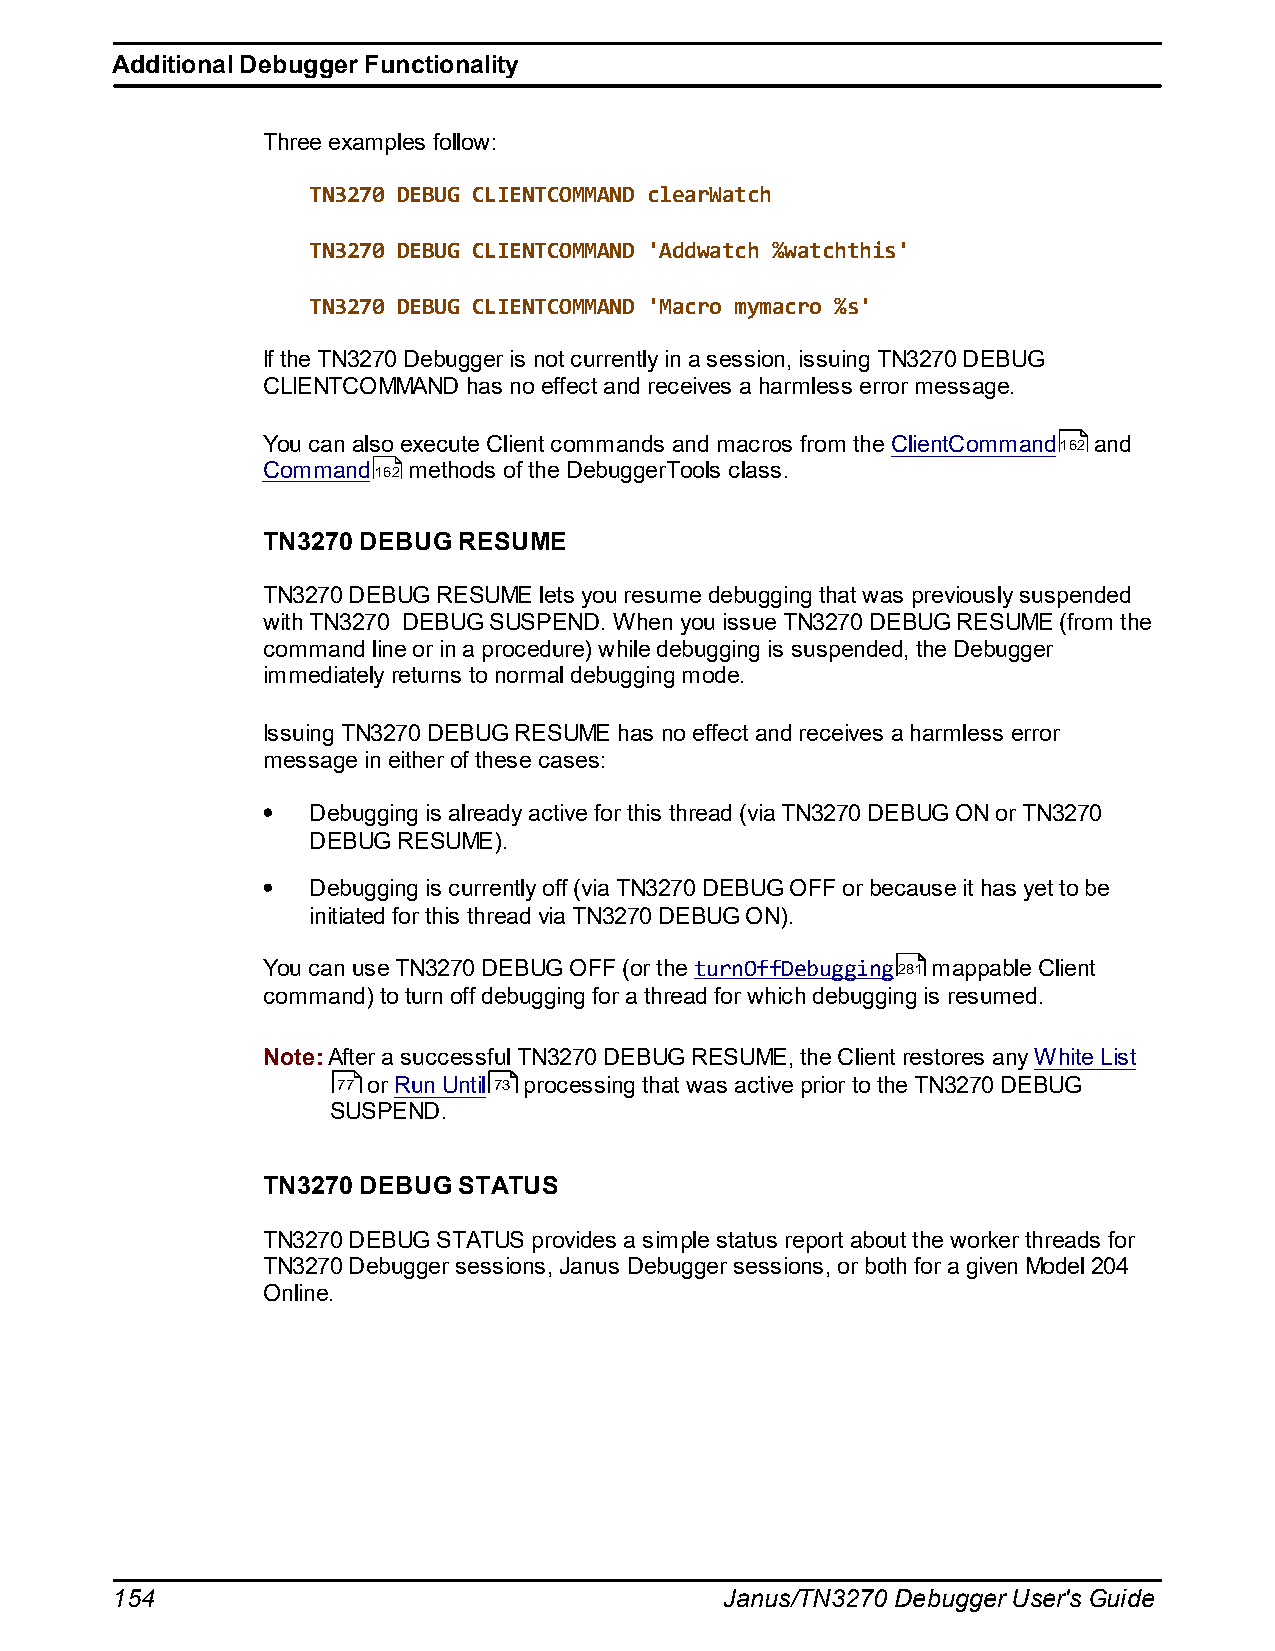
Additional Debugger Functionality
 Three examples follow:
 TN3270 DEBUG CLIENTCOMMAND clearWatch
 TN3270 DEBUG CLIENTCOMMAND 'Addwatch %watchthis'
 TN3270 DEBUG CLIENTCOMMAND 'Macro mymacro %s'
 If the TN3270 Debugger is not currently in a session, issuing TN3270 DEBUG
 CLIENTCOMMAND has no effect and receives a harmless error message.
 You can also execute Client commands and macros from the ClientCommand162 and
 Command162 methods of the DebuggerTools class.
 TN3270 DEBUG RESUME
 TN3270 DEBUG RESUME lets you resume debugging that was previously suspended
 with TN3270 DEBUG SUSPEND. When you issue TN3270 DEBUG RESUME (from the
 command line or in a procedure) while debugging is suspended, the Debugger
 immediately returns to normal debugging mode.
 Issuing TN3270 DEBUG RESUME has no effect and receives a harmless error
 message in either of these cases:
 Debugging is already active for this thread (via TN3270 DEBUG ON or TN3270
 DEBUG RESUME).
 Debugging is currently off (via TN3270 DEBUG OFF or because it has yet to be
 initiated for this thread via TN3270 DEBUG ON).
 You can use TN3270 DEBUG OFF (or the turnOffDebugging281 mappable Client
 command) to turn off debugging for a thread for which debugging is resumed.
 Note: After a successful TN3270 DEBUG RESUME, the Client restores any White List
 77 or Run Until 73 processing that was active prior to the TN3270 DEBUG
 SUSPEND.
 TN3270 DEBUG STATUS
 TN3270 DEBUG STATUS provides a simple status report about the worker threads for
 TN3270 Debugger sessions, Janus Debugger sessions, or both for a given Model 204
 Online.
 154                                      Janus/TN3270 Debugger User's Guide